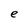
Character: e